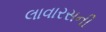
લાવારસની